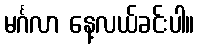
မင်္ဂလာ နေ့လယ်ခင်းပါ။